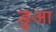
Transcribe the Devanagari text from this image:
ङुआ